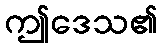
ဤဒေသ၏